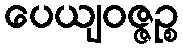
ပေယျဝဇ္ဇဉ္စ